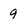
Character: 9